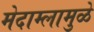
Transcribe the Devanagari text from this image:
मेदाम्लामुळे